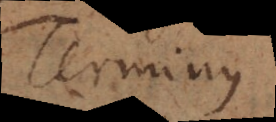
Terminus